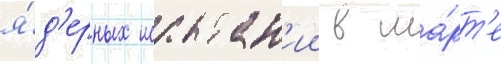
я́д'ерных испытан'ии в ма́рт'е